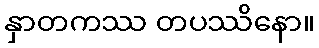
နှာတကဿ တပဿိနော။